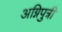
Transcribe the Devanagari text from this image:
अग्निपुत्री